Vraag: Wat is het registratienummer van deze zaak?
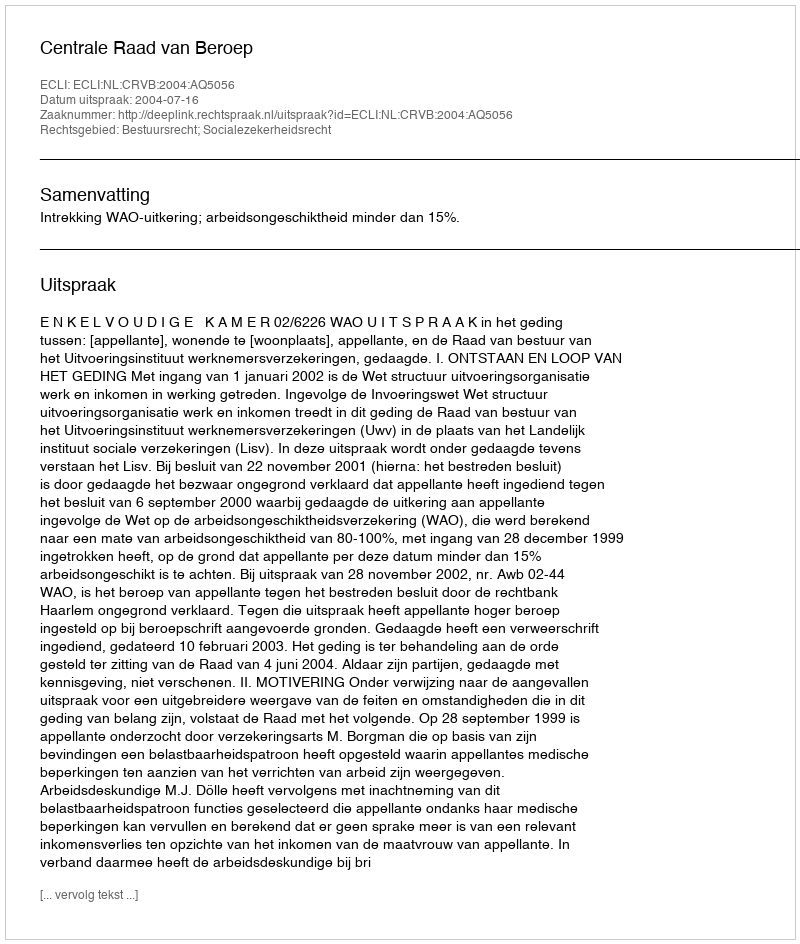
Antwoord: http://deeplink.rechtspraak.nl/uitspraak?id=ECLI:NL:CRVB:2004:AQ5056